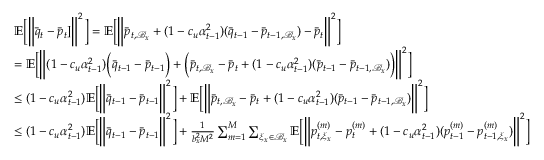
\begin{array} { r l } & { \mathbb { E } \bigg [ \bigg \| \bar { q } _ { t } - \bar { p } _ { t } ] \bigg \| ^ { 2 } \bigg ] = \mathbb { E } \bigg [ \bigg \| \bar { p } _ { t , \mathcal { B } _ { x } } + ( 1 - c _ { u } \alpha _ { t - 1 } ^ { 2 } ) ( \bar { q } _ { t - 1 } - \bar { p } _ { t - 1 , \mathcal { B } _ { x } } ) - \bar { p } _ { t } \bigg \| ^ { 2 } \bigg ] } \\ & { = \mathbb { E } \bigg [ \bigg \| ( 1 - c _ { u } \alpha _ { t - 1 } ^ { 2 } ) \bigg ( \bar { q } _ { t - 1 } - \bar { p } _ { t - 1 } \bigg ) + \bigg ( \bar { p } _ { t , \mathcal { B } _ { x } } - \bar { p } _ { t } + ( 1 - c _ { u } \alpha _ { t - 1 } ^ { 2 } ) ( \bar { p } _ { t - 1 } - \bar { p } _ { t - 1 , \mathcal { B } _ { x } } ) \bigg ) \bigg \| ^ { 2 } \bigg ] } \\ & { \leq ( 1 - c _ { u } \alpha _ { t - 1 } ^ { 2 } ) \mathbb { E } \bigg [ \bigg \| \bar { q } _ { t - 1 } - \bar { p } _ { t - 1 } \bigg \| ^ { 2 } \bigg ] + \mathbb { E } \bigg [ \bigg \| \bar { p } _ { t , \mathcal { B } _ { x } } - \bar { p } _ { t } + ( 1 - c _ { u } \alpha _ { t - 1 } ^ { 2 } ) ( \bar { p } _ { t - 1 } - \bar { p } _ { t - 1 , \mathcal { B } _ { x } } ) \bigg \| ^ { 2 } \bigg ] } \\ & { \leq ( 1 - c _ { u } \alpha _ { t - 1 } ^ { 2 } ) \mathbb { E } \bigg [ \bigg \| \bar { q } _ { t - 1 } - \bar { p } _ { t - 1 } \bigg \| ^ { 2 } \bigg ] + \frac { 1 } { b _ { x } ^ { 2 } M ^ { 2 } } \sum _ { m = 1 } ^ { M } \sum _ { \xi _ { x } \in \mathcal { B } _ { x } } \mathbb { E } \bigg [ \bigg \| p _ { t , \xi _ { x } } ^ { ( m ) } - p _ { t } ^ { ( m ) } + ( 1 - c _ { u } \alpha _ { t - 1 } ^ { 2 } ) ( p _ { t - 1 } ^ { ( m ) } - p _ { t - 1 , \xi _ { x } } ^ { ( m ) } ) \bigg \| ^ { 2 } \bigg ] } \end{array}